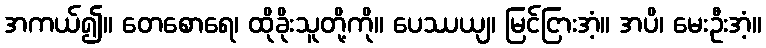
အကယ်၍။ တေစောရေ၊ ထိုခိုးသူတို့ကို။ ပေဿယျ၊ မြင်ငြားအံ့။ အပိ၊ မေးဦးအံ့။